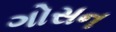
ગોસન